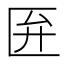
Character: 匥